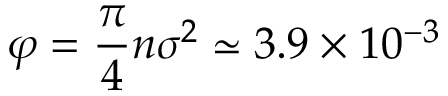
\varphi = \frac { \pi } { 4 } n \sigma ^ { 2 } \simeq 3 . 9 \times 1 0 ^ { - 3 }